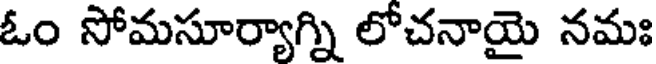
ఓం సోమసూర్యాగ్ని లోచనాయై నమః